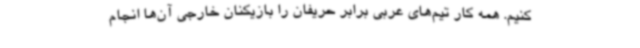
کنیم. همه کار تیم‌های عربی برابر حریفان را بازیکنان خارجی آن‌ها انجام